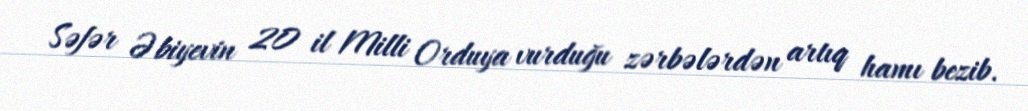
Səfər Əbiyevin 20 il Milli Orduya vurduğu zərbələrdən artıq hamı bezib.